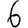
Digit: 6